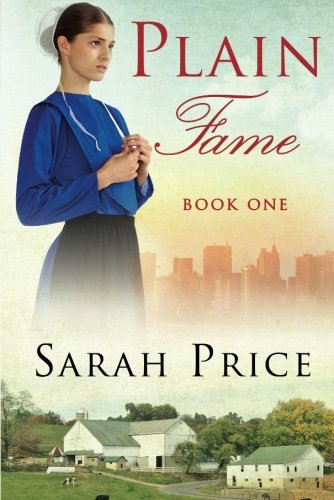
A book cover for Plain Fame (The Plain Fame Series); Sarah Price; Romance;